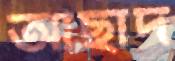
আছাদ